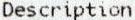
DESCRIPTION